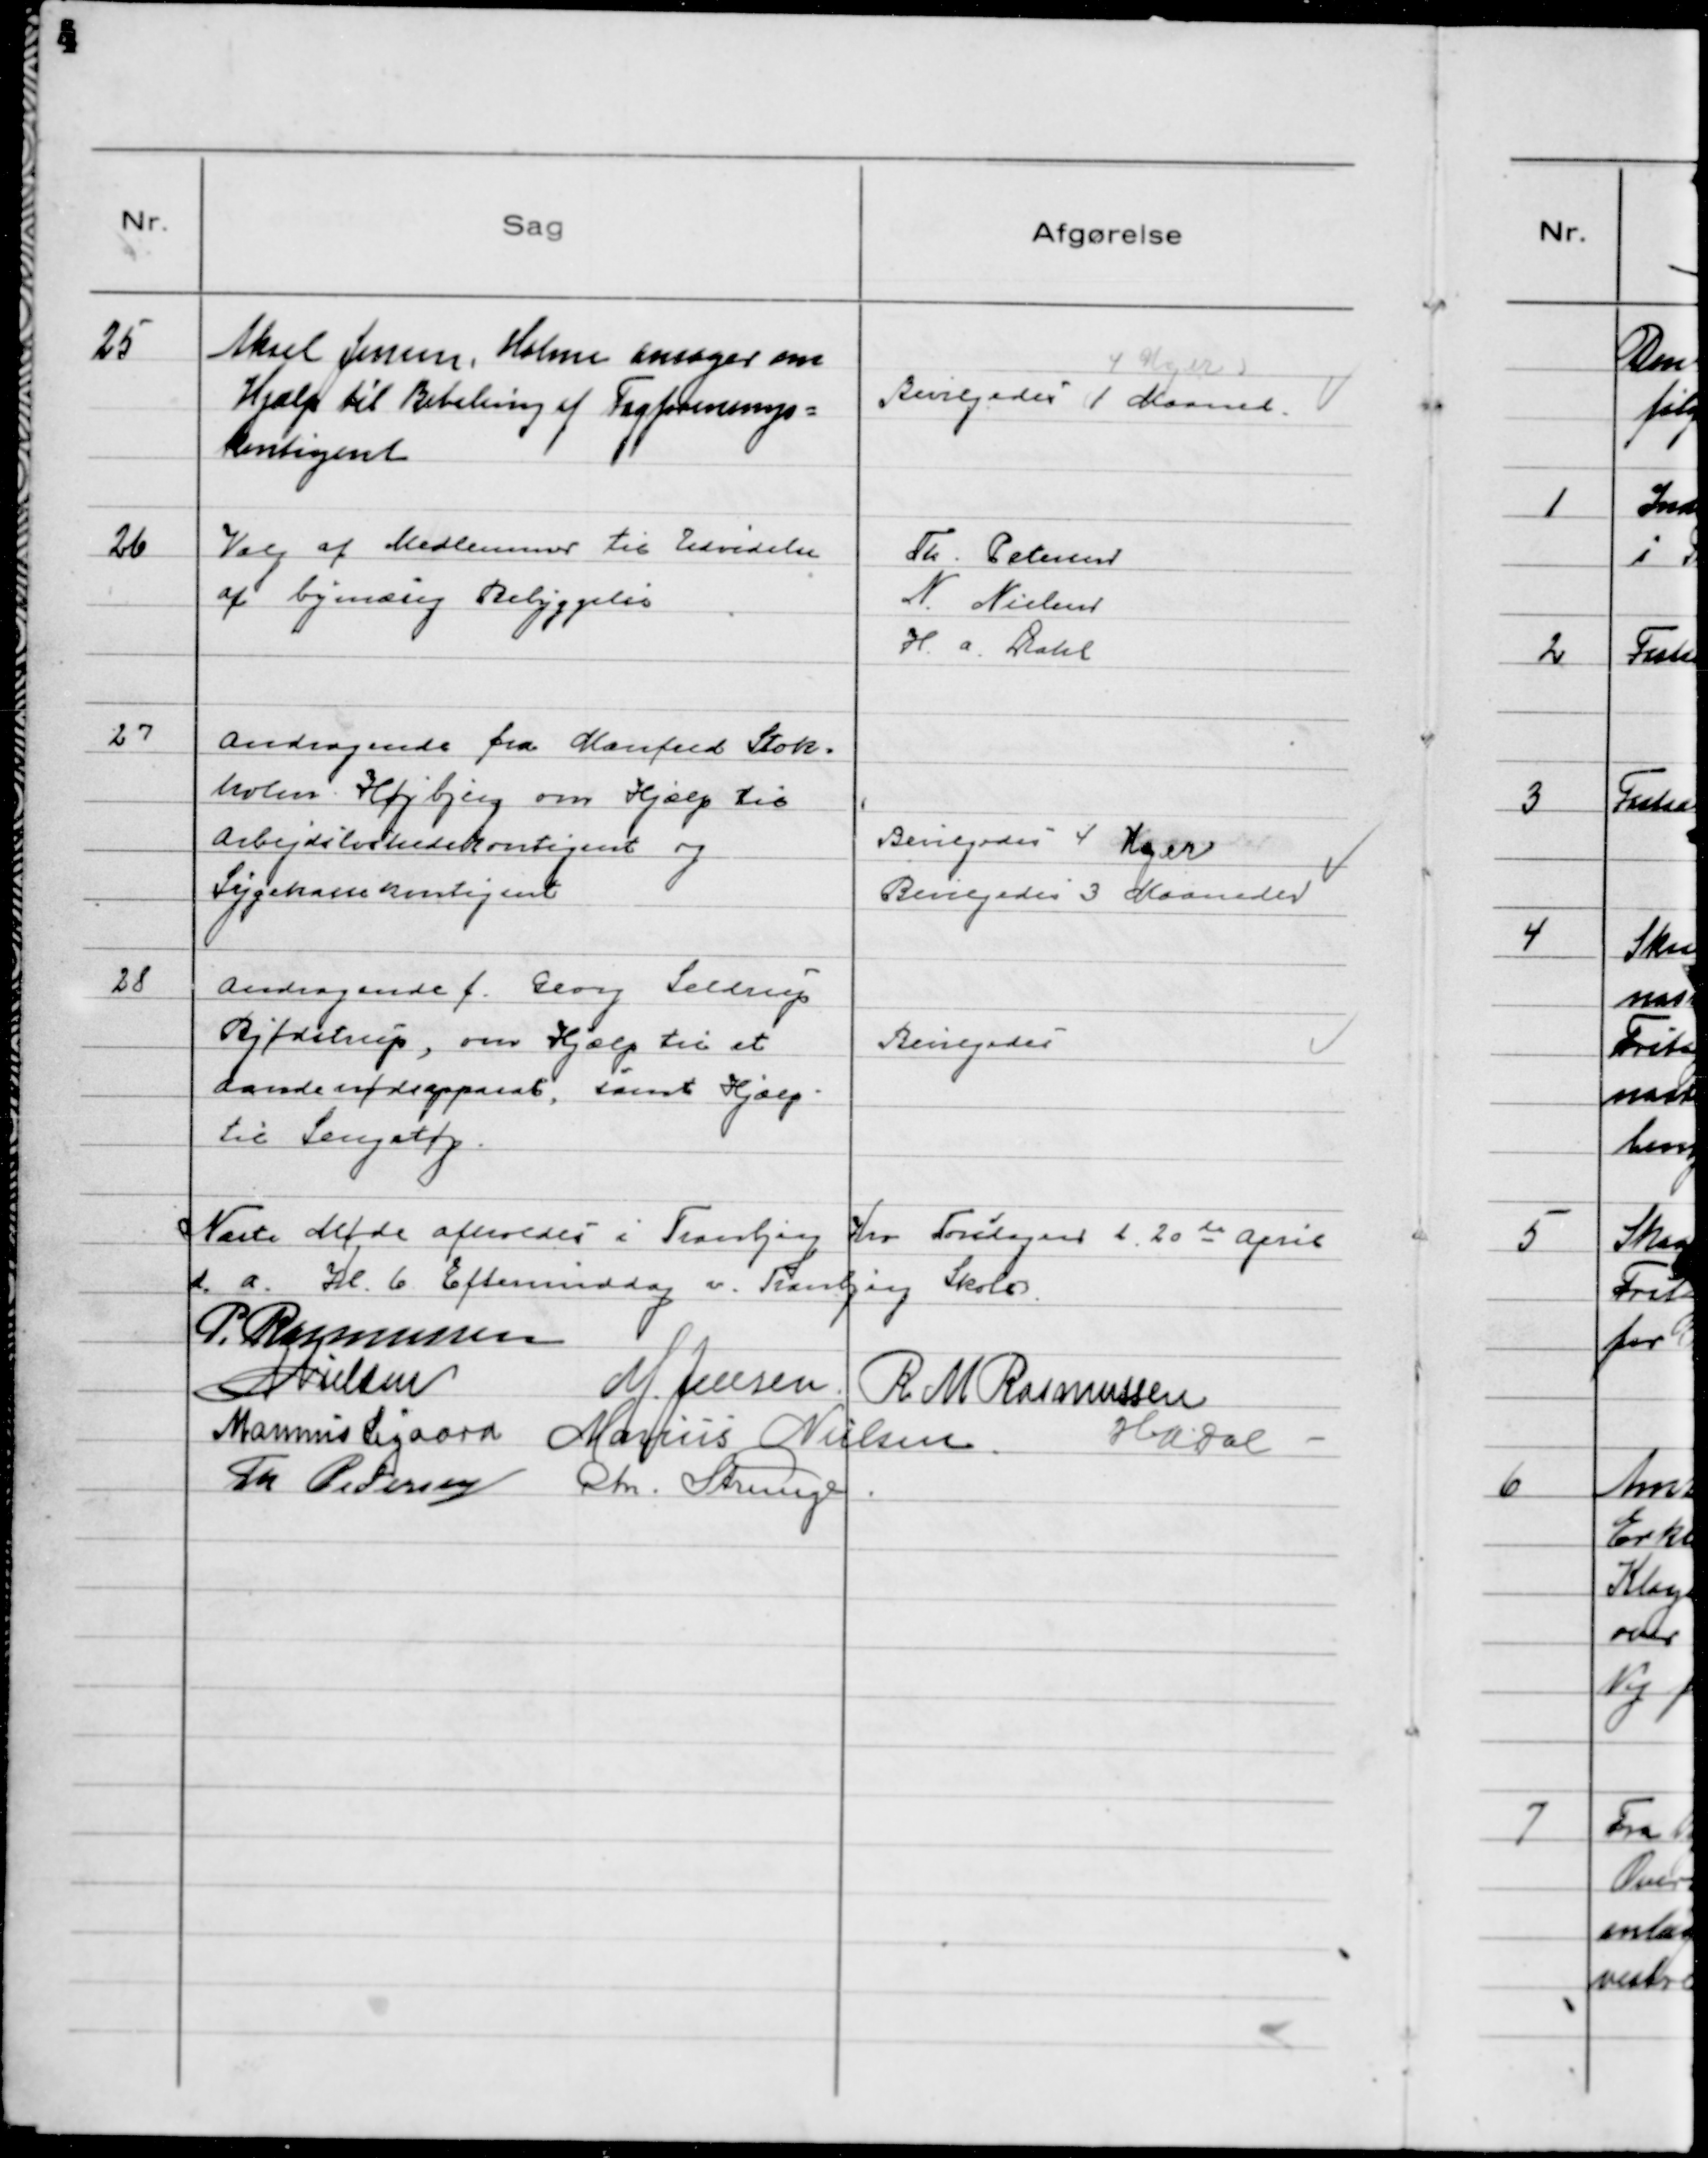
Transskription:
25
Aksel Jensen, Holme ansøger om
Hjælp til Betaling af Fagforenings-
kontigent

Bevilgedes 1 Maaned
4 Uger

26
Valg af Medlemmer til Udvidelse
af bymæssig Bebyggelse

Th. Pedersen
N. Nielsen
H. A. Dahl

27
Andragende fra Manfred Stok-
holm Højbjerg om Hjælp til
Arbejdsløshedskontigent og 
Sygekassekontingent

Bevilgedes 4 Uger
Bevilgedes 3 Maaneder

28
Andragende f. Georg Seldrup
Bjødstrup, om Hjælp til et
Aandenødsapparat, samt Hjælp
til Sengetøj.

Bevilgedes

Næste Møde afholdes i Tranbjerg Kro Torsdagen d. 20 de April
d.a. Kl 6 Eftermiddag v. Tranbjerg Skole.
P. Rasmussen
N. Nielsen
M. Jensen
R M Rasmussen
Marinus Sigaard Marius Nielsen
H A Dal
Th Pedersen Chr. Strunge